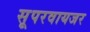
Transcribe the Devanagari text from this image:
सूपरवायजर